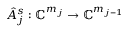
\hat { A } _ { j } ^ { s } : \mathbb { C } ^ { m _ { j } } \to \mathbb { C } ^ { m _ { j - 1 } }